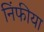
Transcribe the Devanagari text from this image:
निंफीया